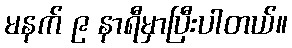
မနက် ၉ နာရီမှာပြီးပါတယ်။